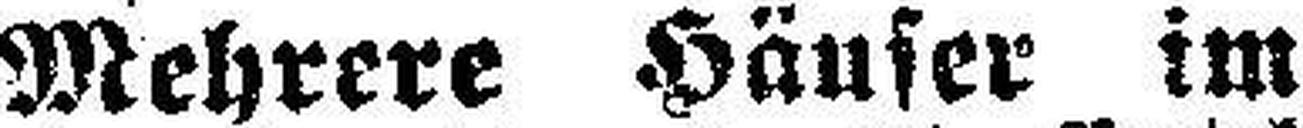
Mehrere Häuser im